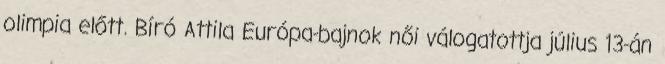
olimpia előtt. Bíró Attila Európa-bajnok női válogatottja július 13-án